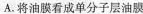
A.将油膜看成单分子层油膜